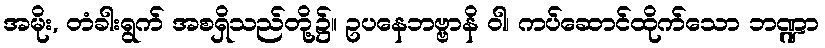
အမိုး, တံခါးရွက် အစရှိသည်တို့၌။ ဥပနေဘဗ္ဗာနိ ဝါ၊ ကပ်ဆောင်ထိုက်သော ဘဏ္ဍာ